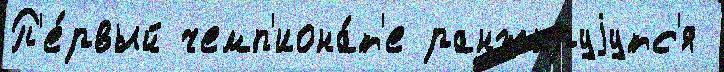
П'е́рвый чемп'иона́т'е ранжируjутс'я